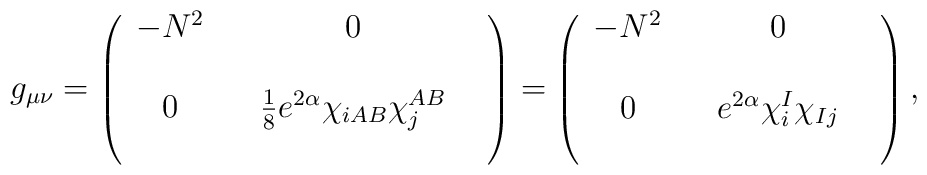
g_{\mu\nu}= \left(                \begin{array}{cccc}                -N^{2} && 0 &\\                &&& \\                0 && \frac{1}{8}e^{2\alpha}\chi_{iAB}\chi^{AB}_{j} & \\                &&&                \end{array}  \right)                =\left(                \begin{array}{cccc}                -N^{2} && 0 &\\                &&& \\                0 && e^{2\alpha}\chi^{I}_{i}\chi_{Ij} & \\                &&&                \end{array}  \right),